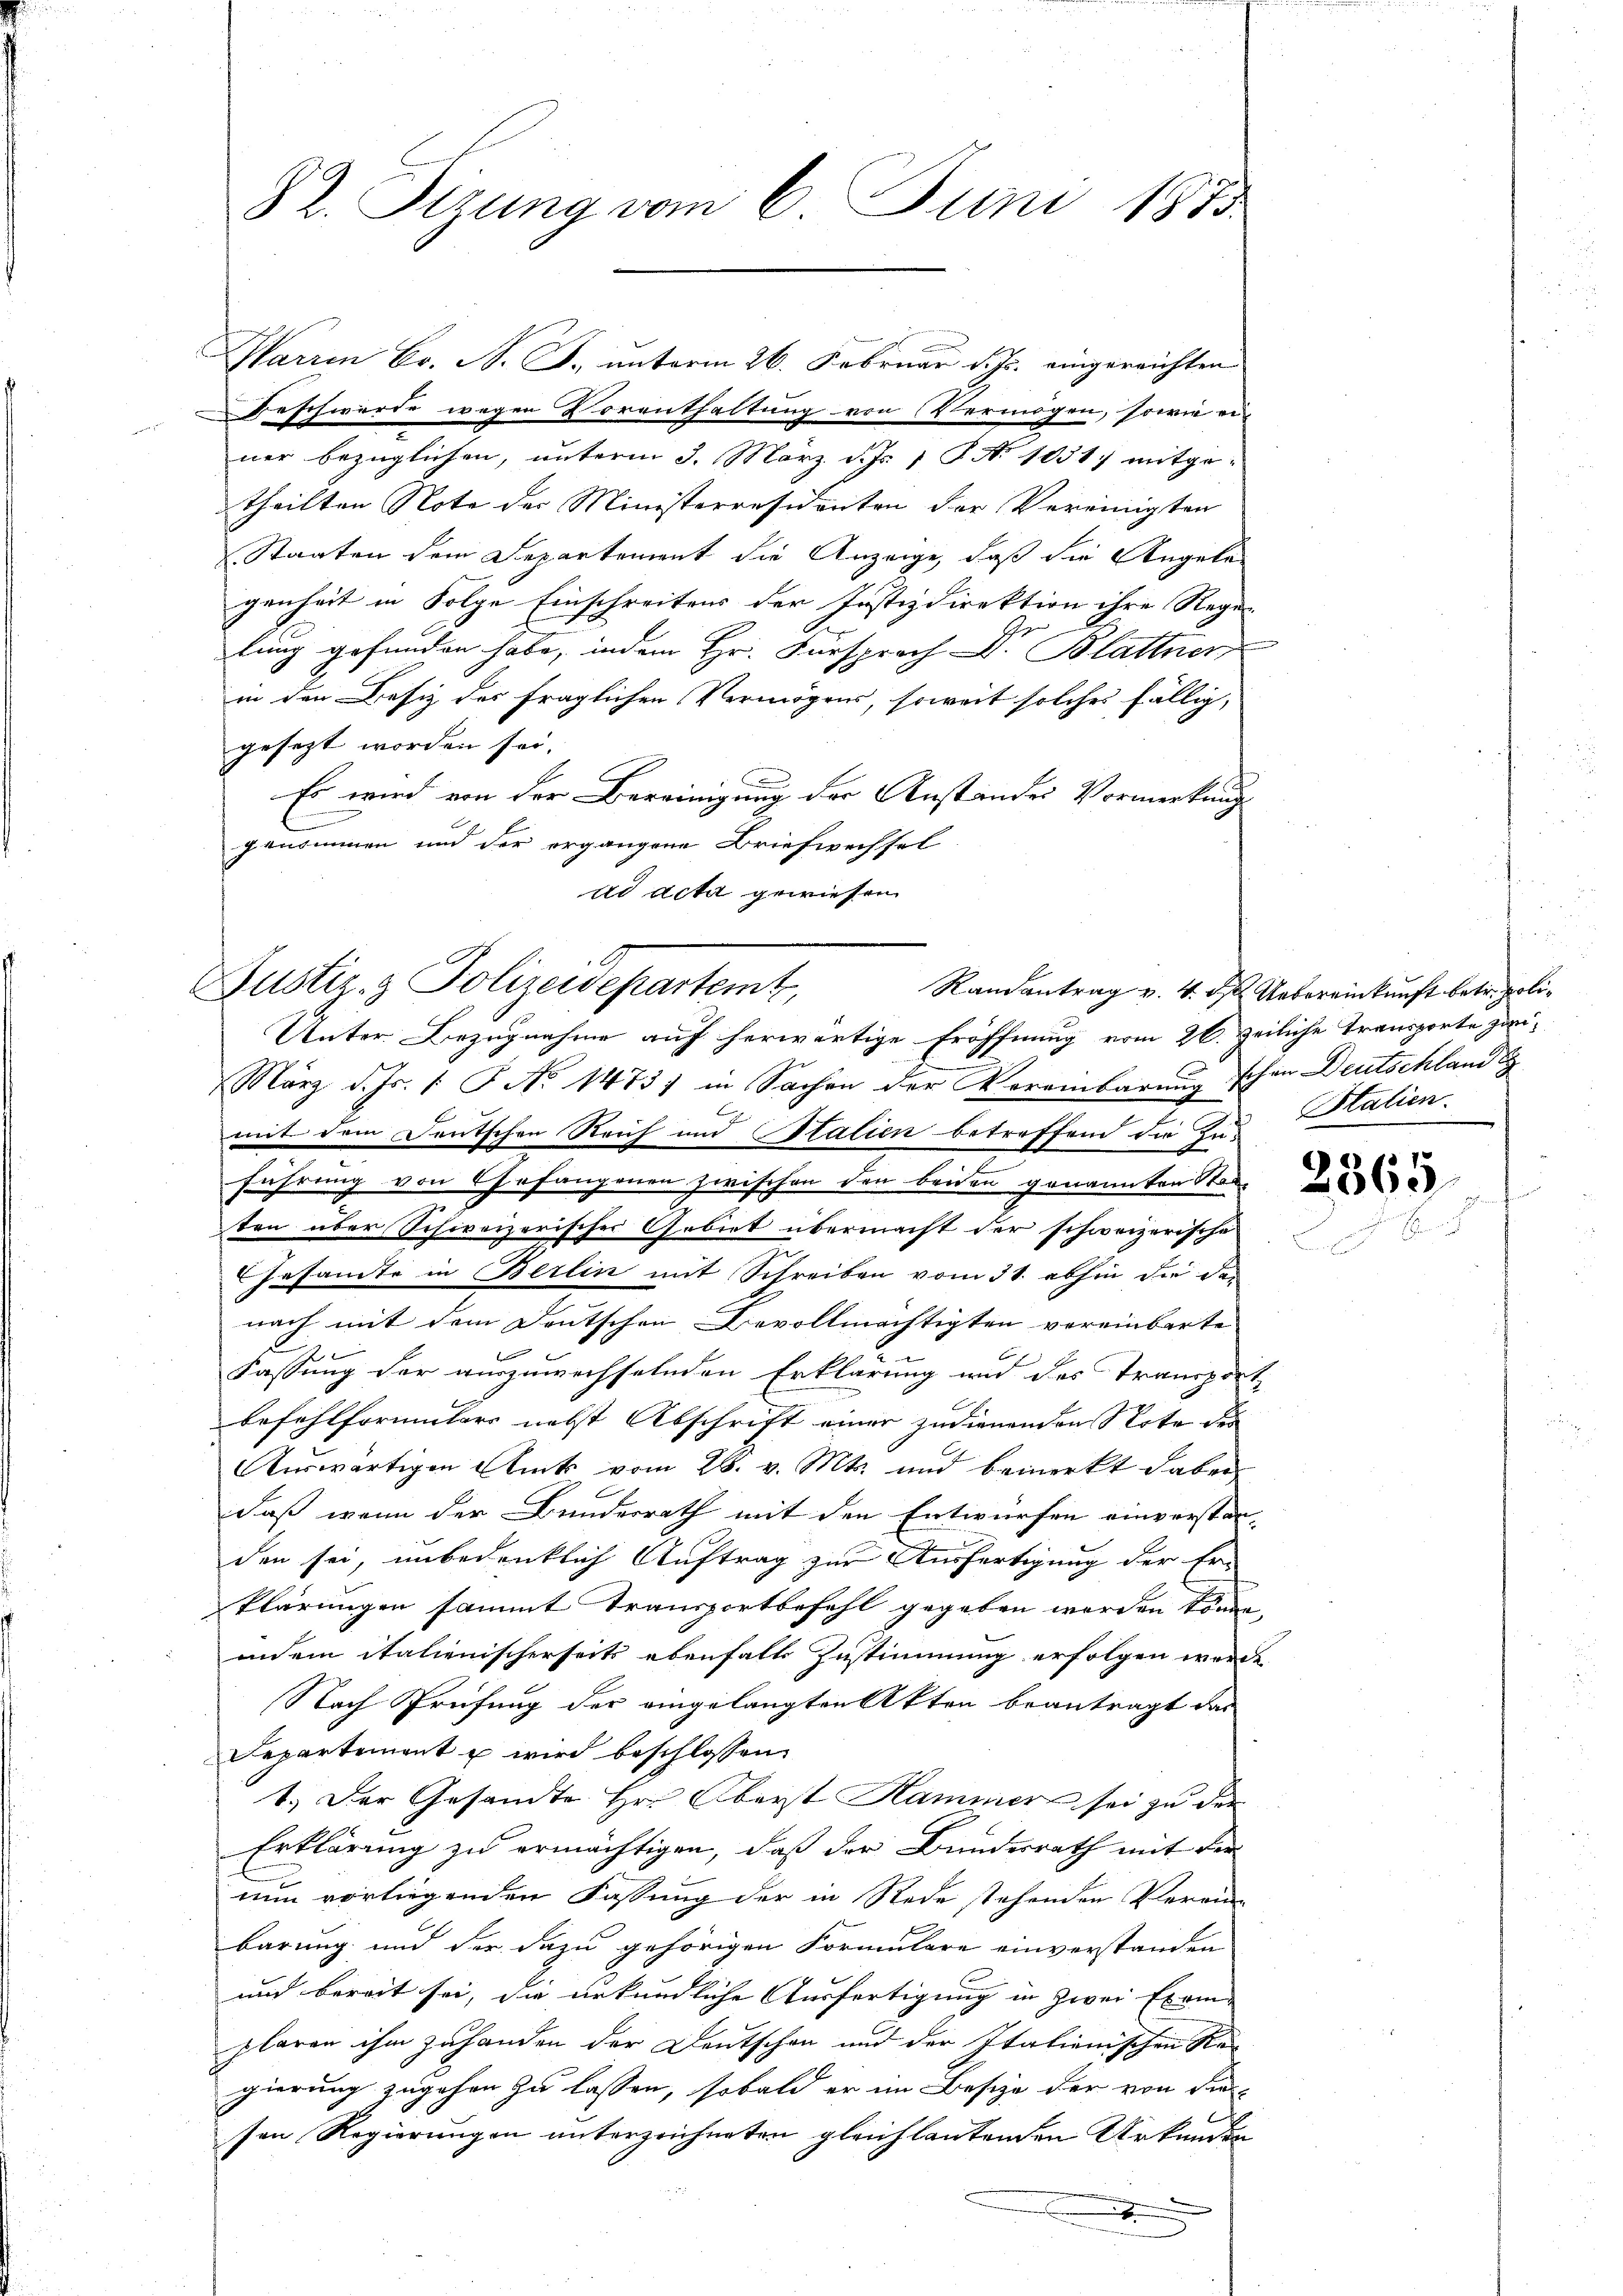
82. Sizung vom 6. Juni 1875

Warren Fr. S. S. unterm 26. Februar d. Js. eingereichten
Beschwerde wegen Vorenthaltung von Vermögen, sowie ei-
ner bezüglichen, unterm 3. März d. Js. 1 P. No 1031 mitge-
theilten Note der Ministerresidenten der Vereinigten
Staaten dem Departement die Anzeige, daß die Angelan
genheit in Folge Einschreitens der Justizdirektion ihre Regi
lung gefunden habe, indem Hr. Fürsprach Dr. Blattner,
in den Besiz des fraglichen Vermögens, soweit solches fällig,
gesezt worden sei.
Es wird von der Bereinigung der Anstandes Vormerkung
E
genommen und der organgene Briefwechsel
ad acta gewiesen.

März d. Js. [ P. No 1473) in Sachen der Vereinbarung schon Deutschland
mit dem Deutschen Reich und Stalien betreffend die In-
führung von Gefangenen zwischen den beiden genannten Stad
ten über Schweizerischer Gebiet übermacht der schweizerische
Gesamte in Berlin mit Schreiben vom 31. abhin die das
nach mit dem Deutschen Bevollmächtigten vereinbarte
Fassung der auszuwechselnden Erklärung und des Transport
befehlformaters nebst Abschrift einer zudienenden Note des |
Auswärtigen Amts vom 28. v. Mts. und bemerkt dabei
daß wenn der Bundesrath mit den Entwürfen einverstanden sei, unbedenklich Auftrag zur Ausfertigung der Er-
klärungen sammt Transportbefehl gegeben worden sende
indem italienischerseits ebenfalls Zustimmung erfolgen werde.
Nach Prüfung der eingelangten Akten beantragt das
Separtement u wird beschlossen:
1.) Der Gesandte Hr. Oberst Hammer sei zu der
Erklärung zu ermächtigen, daß der Bundesrath mit der
nun vorliegenden Fassung der in Rede stehenden Verein-
barung und der dazu gehörigen Formulare einverstanden
und bereit sei, die urkundliche Ausfertigung in zwei Exem-
plaren ihm zuhanden der Deutschen und der Italianischen Re-
gierung zugehen zu lassen, sobald er im Besize der von die
sen Regierungen unterzeichneten gleichlautenden Urkundenx

Justiz- & Polizeidepartemt,
Randantrag v. 4. ds. Uebereinkunft betr. poli¬
Unter Bezugnahme auf herwärtige Eröffnung vom 26. Zeiliche Transporte zwi¬

Stalien.